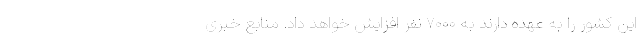
این کشور را به عهده دارند به ۷۰۰۰ نفر افزایش خواهد داد. منابع خبری